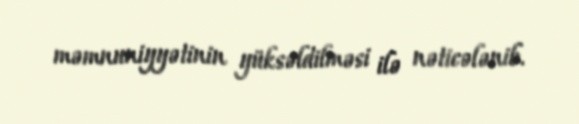
məmnuniyyətinin yüksəldilməsi ilə nəticələnib.